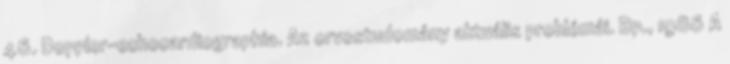
46. Doppler-echocardiographia. Az orvostudomány aktuális problémái. Bp., 1986 A